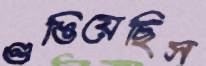
গুঙিয়েছিস